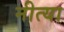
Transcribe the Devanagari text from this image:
नीत्या